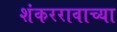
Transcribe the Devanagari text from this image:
शंकररावाच्या